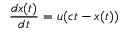
\frac { d x ( t ) } { d t } = u ( c t - x ( t ) )